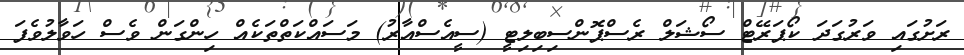
ރަށުގައި ވަރުގަދަ ކޯޕަރޭޓް ސޯޝަލް ރެސްޕޮންސިބިލިޓީ (ސީއެސްއާރު) މަސައްކަތްތަކެއް ހިންގަން ވެސް ހަވާލުވެފަ